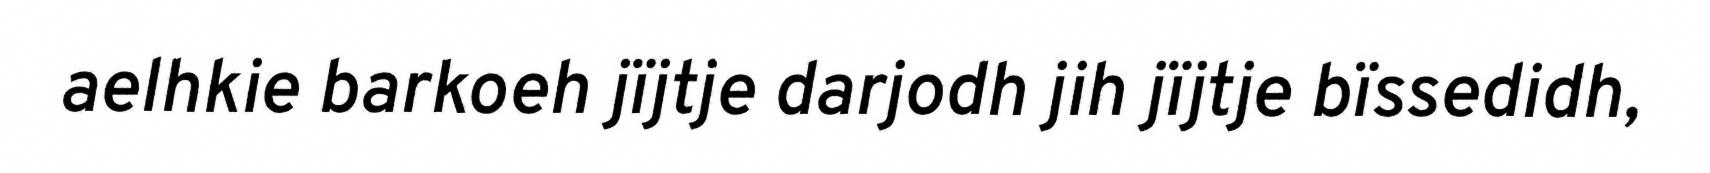
aelhkie barkoeh jïjtje darjodh jih jïjtje bïssedidh,